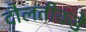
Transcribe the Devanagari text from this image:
दौलतीकडे